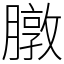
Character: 㬿